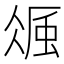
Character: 𧋚